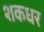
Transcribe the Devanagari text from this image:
शकधर